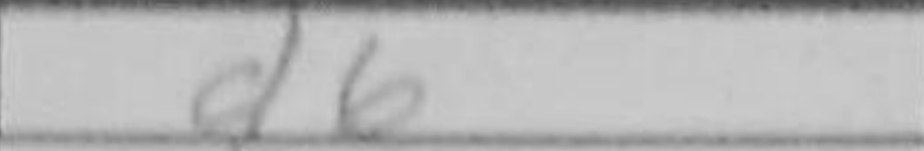
Transcription: d6